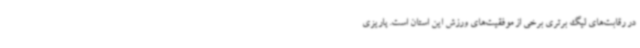
در رقابت‌های لیگ برتری برخی از موفقیت‌های ورزش این استان است. پاریزی